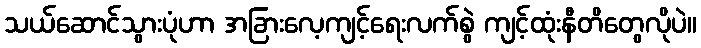
သယ်ဆောင်သွားပုံဟာ အခြားလေ့ကျင့်ရေးလက်စွဲ ကျင့်ထုံးနီတိတွေလိုပဲ။